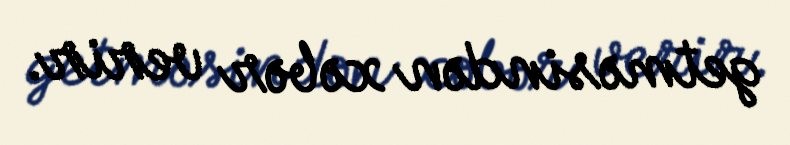
getməsindən xəbər verir.